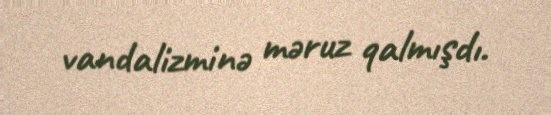
vandalizminə məruz qalmışdı.